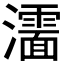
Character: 𰝰